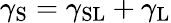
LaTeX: \gamma_{\mathrm{S}}=\gamma_{\mathrm{SL}}+\gamma_{\mathrm{L}}